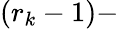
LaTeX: (r_{k}-1)-